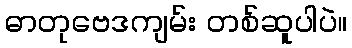
ဓာတုဗေဒကျမ်း တစ်ဆူပါပဲ။